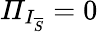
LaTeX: \mathit{\Pi}_{I_{\overline{{S}}}}=0